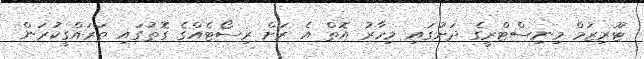
ޓޫރިޒަމް މިނިސްޓްރީގެ ދަށުގައި މިހާރު އޮތް އެ ރަށް ރިސޯޓެއްގެ ގޮތުގައި ތަރައްގީކުރަން